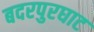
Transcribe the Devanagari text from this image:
बदरपुरघाट